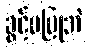
ခွင့်မပြုဘဲ